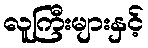
လူကြီးများနှင့်